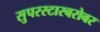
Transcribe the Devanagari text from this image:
सुपरस्टारबरोबर